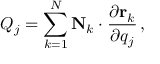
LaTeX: Q _ { j } = \sum _ { k = 1 } ^ { N } \mathbf { N } _ { k } \cdot { \frac { \partial \mathbf { r } _ { k } } { \partial q _ { j } } } \, ,